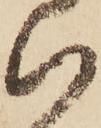
い